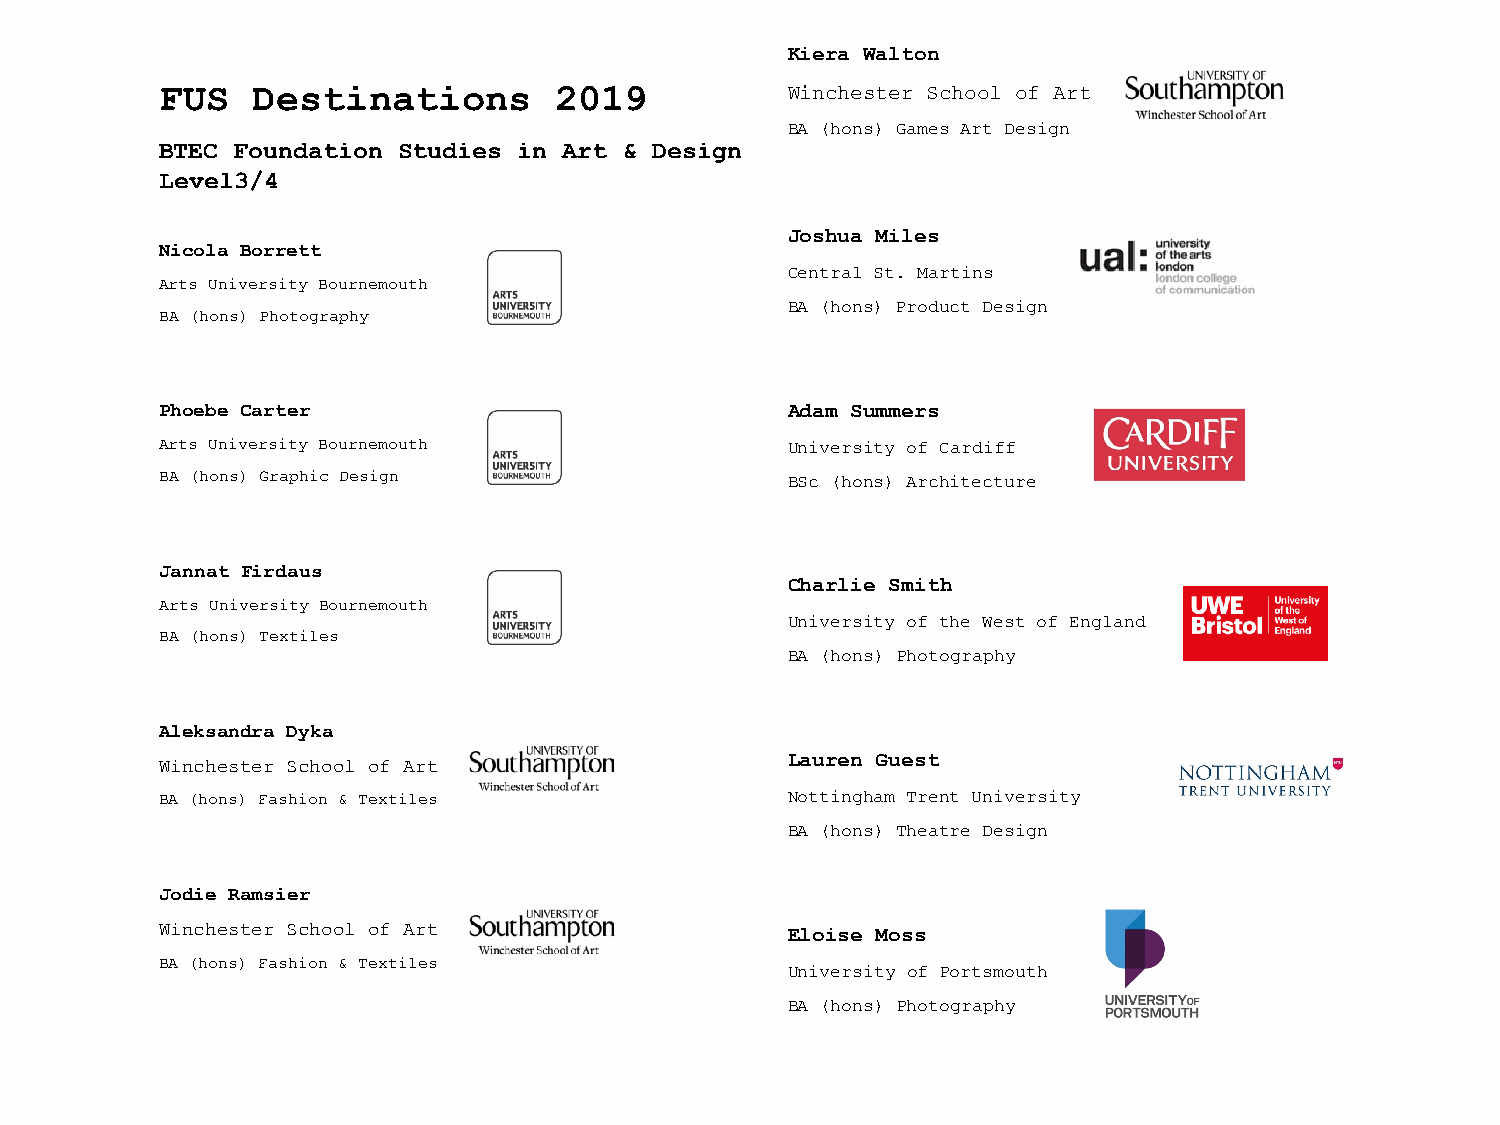
Kiera Walton
 Winchester School of Art
 FUS   Destinations        2019
 BA (hons) Games Art Design
 BTEC Foundation Studies in Art & Design
 Level3/4
 Joshua Miles
 Nicola Borrett
 Central St. Martins
 Arts University Bournemouth
 BA (hons) Product Design
 BA (hons) Photography
 Phoebe Carter                            Adam Summers
 Arts University Bournemouth              University of Cardiff
 BA (hons) Graphic Design                 BSc (hons) Architecture
 Jannat Firdaus
 Charlie Smith
 Arts University Bournemouth
 University of the West of England
 BA (hons) Textiles
 BA (hons) Photography
 Aleksandra Dyka
 Winchester School of Art                 Lauren Guest
 BA (hons) Fashion & Textiles             Nottingham Trent University
 BA (hons) Theatre Design
 Jodie Ramsier
 Winchester School of Art                 Eloise Moss
 BA (hons) Fashion & Textiles
 University of Portsmouth
 BA (hons) Photography